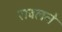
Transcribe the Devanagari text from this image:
रावलने